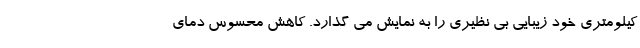
کیلومتری خود زیبایی بی نظیری را به نمایش می گذارد. کاهش محسوس دمای